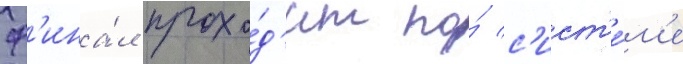
ф'ина́л прохо́д'ит по́ с'ист'е́м'е